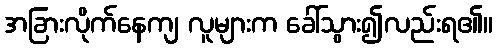
အခြားလိုက်နေကျ လူများက ခေါ်သွား၍လည်းရ၏။